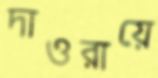
দাওরায়ে